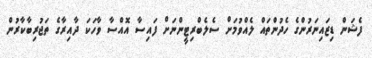
ފެޝަން ޑިޒައިނަރުންގެ ހެދުންތައް ލެއްވުމަށް ސެލެބްރިޓީންނަށް ފައިސާ އޮއްސާ ވާހަކަ ދާއިރާގެ ތަޖުރިބާކާރުން